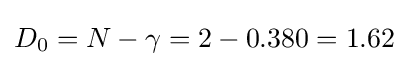
D_{0}=N-\gamma =2-0.380=1.62